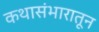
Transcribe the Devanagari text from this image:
कथासंभारातून